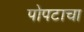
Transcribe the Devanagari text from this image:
पोपटाचा